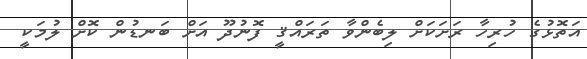
އަތޮޅުގެ ހުރިހާ ރަށަކަށް ލިބެންވާ ތަރައްޤީ ފޮނުދޫ އަށް ބަނޑުން ކޮށް ލުމަކީ